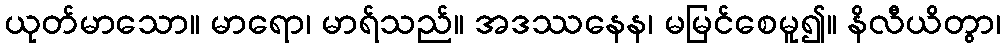
ယုတ်မာသော။ မာရော၊ မာရ်သည်။ အဒဿနေန၊ မမြင်စေမူ၍။ နိလီယိတွာ၊